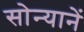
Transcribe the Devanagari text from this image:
सोन्यानें